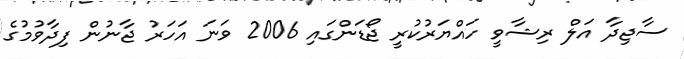
ސާޖިދާ އަލް ރިޝާވީ ހައްޔަރުކުރީ ޖޯޑަންގައި 2006 ވަނަ އަހަރު ޖާނުން ފިދާވުމުގެ